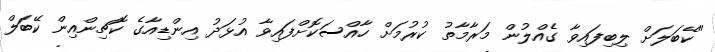
"ކޭބަލަށް ލިބިފައިވާ ގެއްލުން މަރާމާތު ކުރުމަށް ހާއްސަކޮށްފައިވާ އުޅަދު އިންޑިއާގެ ކޮޗިންއިން ކޭބަލް